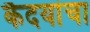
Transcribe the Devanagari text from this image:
कैदयांचा